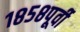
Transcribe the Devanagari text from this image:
१८५८पूर्वी